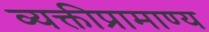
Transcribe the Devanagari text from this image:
व्यक्तीप्रामाण्य